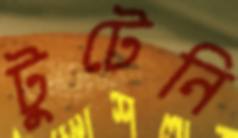
টুটেনি